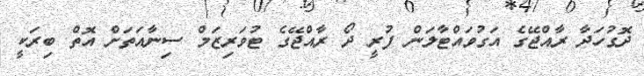
ދޮގުހަދާ ރާއްޖޭގެ އަގުވައްޓާލަން ފުރީ ދޯ ރާއްޖޭގެ ޓުވަރިޒަމް ސިނާއަތަށް އޮތް ބިރަކީ